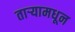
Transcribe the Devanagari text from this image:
तार्‍यामधून